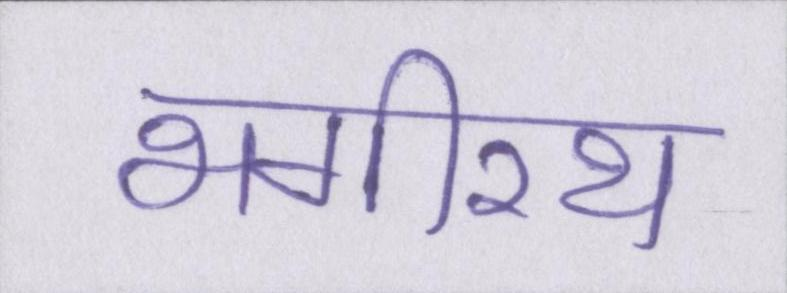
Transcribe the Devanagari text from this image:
भगीरथ